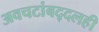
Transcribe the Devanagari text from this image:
अवचटांबद्दलही